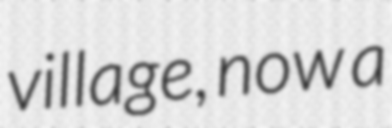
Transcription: village, now a